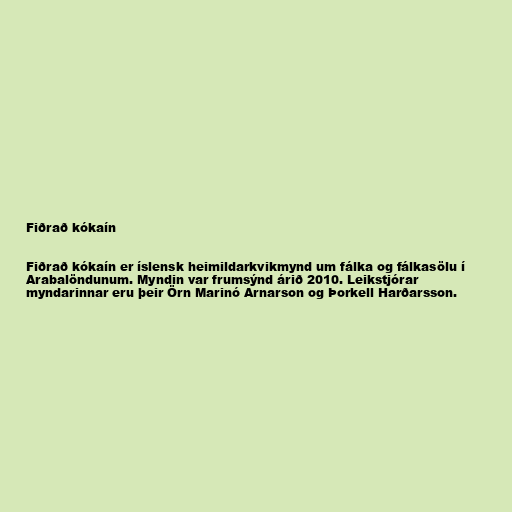
Fiðrað kókaín

Fiðrað kókaín er íslensk heimildarkvikmynd um fálka og fálkasölu í
Arabalöndunum. Myndin var frumsýnd árið 2010. Leikstjórar
myndarinnar eru þeir Örn Marinó Arnarson og Þorkell Harðarsson.